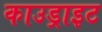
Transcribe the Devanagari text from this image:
काउड्राइट